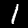
Digit: 1